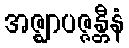
အဇ္ဈာပဇ္ဇန္တီနံ